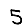
Digit: 5